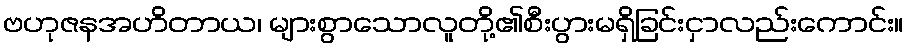
ဗဟုဇနအဟိတာယ၊ များစွာသောလူတို့၏စီးပွားမရှိခြင်းငှာလည်းကောင်း။